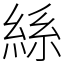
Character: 𮈔